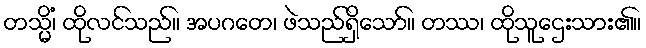
တသ္မိံ၊ ထိုလင်သည်။ အပဂတေ၊ ဖဲသည်ရှိသော်။ တဿ၊ ထိုသူဌေးသား၏။